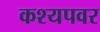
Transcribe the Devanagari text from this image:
कश्यपवर